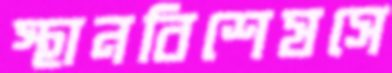
স্থানবিশেষসে